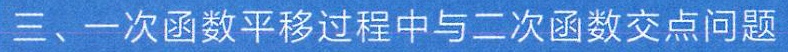
三、一次函数平移过程中与二次函数交点问题